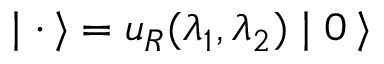
\mid { \bf \cdot } \, \rangle = u _ { R } ( \lambda _ { 1 } , \lambda _ { 2 } ) \mid 0 \, \rangle